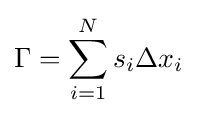
\Gamma =\sum _{i=1}^{N}s_{i}\Delta x_{i}